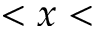
< x <